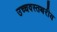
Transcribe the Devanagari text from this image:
उच्चवस्तथरीय